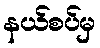
နယ်စပ်မှ